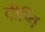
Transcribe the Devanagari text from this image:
दीप्‍ति